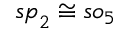
{ \mathfrak { s p } } _ { 2 } \cong { \mathfrak { s o } } _ { 5 }